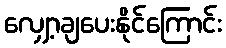
လျှော့ချပေးနိုင်ကြောင်း